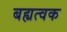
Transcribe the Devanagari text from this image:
बह्यत्वक